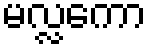
မလ္လကော